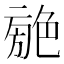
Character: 𦫣